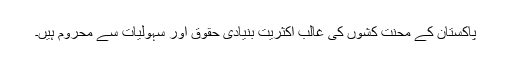
پاکستان کے محنت کشوں کی غالب اکثریت بنیادی حقوق اور سہولیات سے محروم ہیں۔